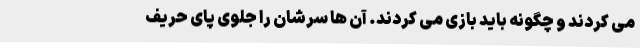
می کردند و چگونه باید بازی می کردند. آن ها سرشان را جلوی پای حریف